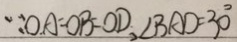
\because O A = O B = O D , \angle B A D = 3 0 ^ { \circ }